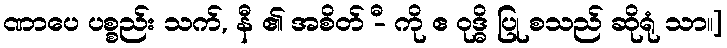
ဏာပေ ပစ္စည်း သက်, နီ ၏ အစိတ် -ီ ကို ဧ ဝုဒ္ဓိ ပြု စသည် ဆိုရုံ သာ။]